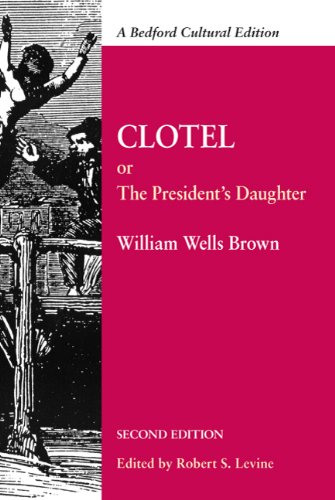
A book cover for Clotel: Or, The President's Daughter: A Narrative of Slave Life in the United States (Bedford Cultural Editions Series); William Wells Wells Brown; Literature & Fiction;